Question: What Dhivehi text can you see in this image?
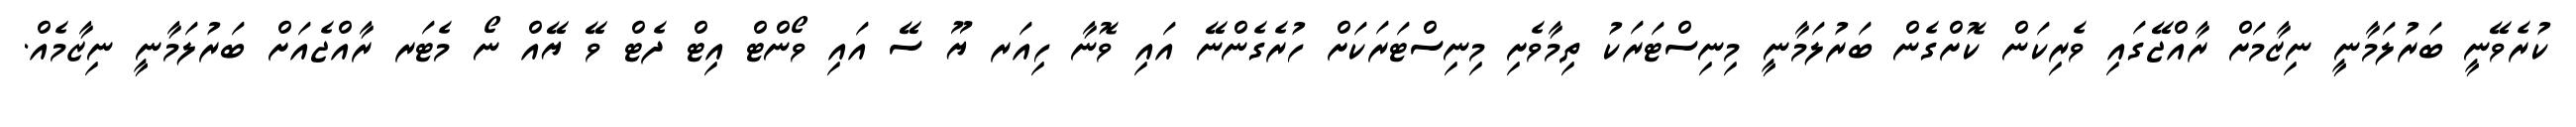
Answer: ކުރެވޭނީ ބަރުލަމާނީ ނިޒާމަށް ރާއްޖޭގައި ވެރިކަން ކޮށްގެން ބަރުލަމާނީ މިނިސްޓަރަކު ތިމާވެށި މިނިސްޓަރަކަށް ހުރެގެންނޭ އައި ވޮނާ ހިއަރ ޔޫ ސޭ އައި ވޯންޓް އިޓް ދެޓް ވޭ ޔޭއް ނޯ މެޓަރ ރާއްޖެއަށް ބަރުލަމާނީ ނިޒާމެއް.